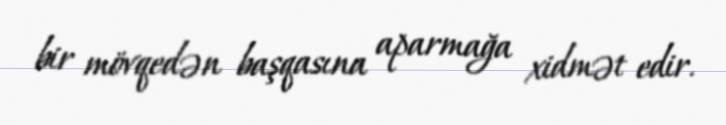
bir mövqedən başqasına aparmağa xidmət edir.